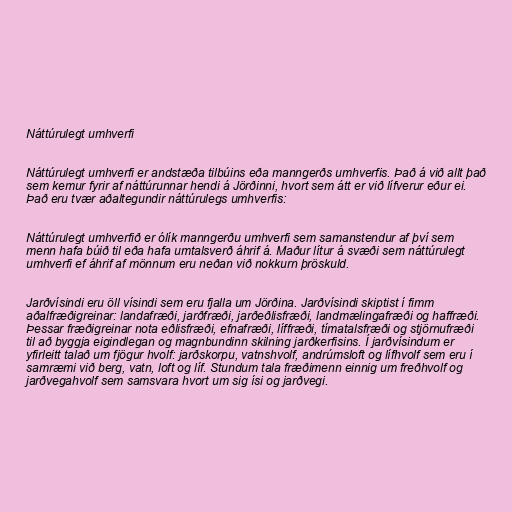
Náttúrulegt umhverfi

Náttúrulegt umhverfi er andstæða tilbúins eða manngerðs umhverfis. Það á við allt það
sem kemur fyrir af náttúrunnar hendi á Jörðinni, hvort sem átt er við lífverur eður ei.
Það eru tvær aðaltegundir náttúrulegs umhverfis:

Náttúrulegt umhverfið er ólík manngerðu umhverfi sem samanstendur af því sem
menn hafa búið til eða hafa umtalsverð áhrif á. Maður lítur á svæði sem náttúrulegt
umhverfi ef áhrif af mönnum eru neðan við nokkurn þröskuld.

Jarðvísindi eru öll vísindi sem eru fjalla um Jörðina. Jarðvísindi skiptist í fimm
aðalfræðigreinar: landafræði, jarðfræði, jarðeðlisfræði, landmælingafræði og haffræði.
Þessar fræðigreinar nota eðlisfræði, efnafræði, líffræði, tímatalsfræði og stjörnufræði
til að byggja eigindlegan og magnbundinn skilning jarðkerfisins. Í jarðvísindum er
yfirleitt talað um fjögur hvolf: jarðskorpu, vatnshvolf, andrúmsloft og lífhvolf sem eru í
samræmi við berg, vatn, loft og líf. Stundum tala fræðimenn einnig um freðhvolf og
jarðvegahvolf sem samsvara hvort um sig ísi og jarðvegi.